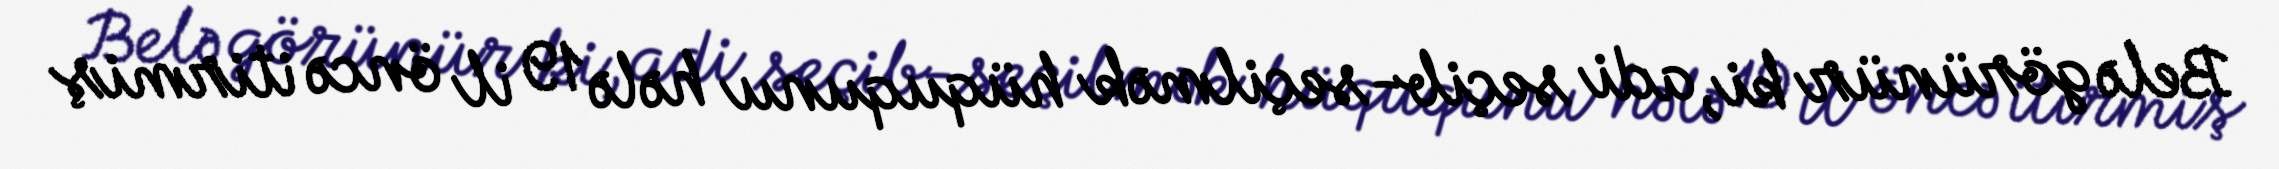
Belə görünür ki, adi seçib-seçilmək hüququnu hələ 19 il öncə itirmiş